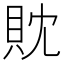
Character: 𧴸